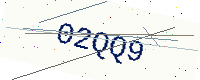
Text: 02QQ9